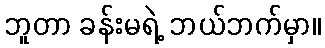
ဘူတာ ခန်းမရဲ့ ဘယ်ဘက်မှာ။